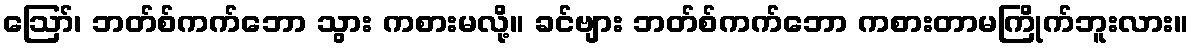
ဪ၊ ဘတ်စ်ကက်ဘော သွား ကစားမလို့။ ခင်ဗျား ဘတ်စ်ကက်ဘော ကစားတာမကြိုက်ဘူးလား။